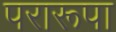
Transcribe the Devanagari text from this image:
परारूपा